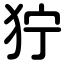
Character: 狞